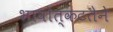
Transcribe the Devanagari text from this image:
भावोत्कटतेने